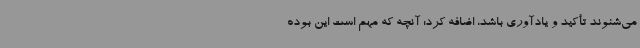
می‌شنوند تأکید و یادآوری باشد، اضافه کرد: آنچه که مهم است این بوده